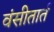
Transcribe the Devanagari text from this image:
वंसीतार्त